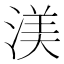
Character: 渼